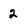
Character: 2